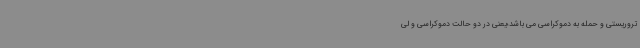
تروریستی و حمله به دموکراسی می باشد؛یعنی در دو حالت دموکراسی و لی